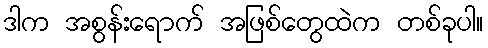
ဒါက အစွန်းရောက် အဖြစ်တွေထဲက တစ်ခုပါ။